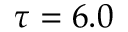
\tau = 6 . 0